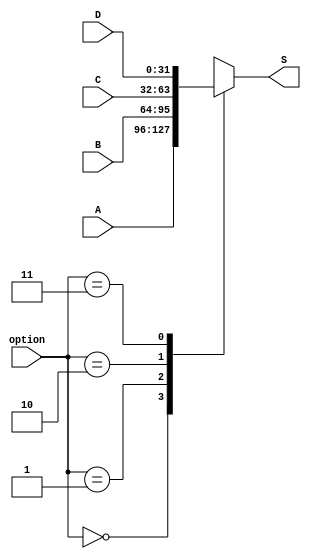
module MUX (
    input wire [1:0] option,
    input wire [31:0] A,
    input wire [31:0] B,
    input wire [31:0] C,
    input wire [31:0] D,
    output reg [31:0] S
);

always @(*) begin
    case (option)
        2'b00: S = A; 
        2'b01: S = B; 
        2'b10: S = C; 
        2'b11: S = D; 
        default: S = A;
    endcase
end
    
endmodule